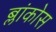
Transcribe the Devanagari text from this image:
ब्लांकोस